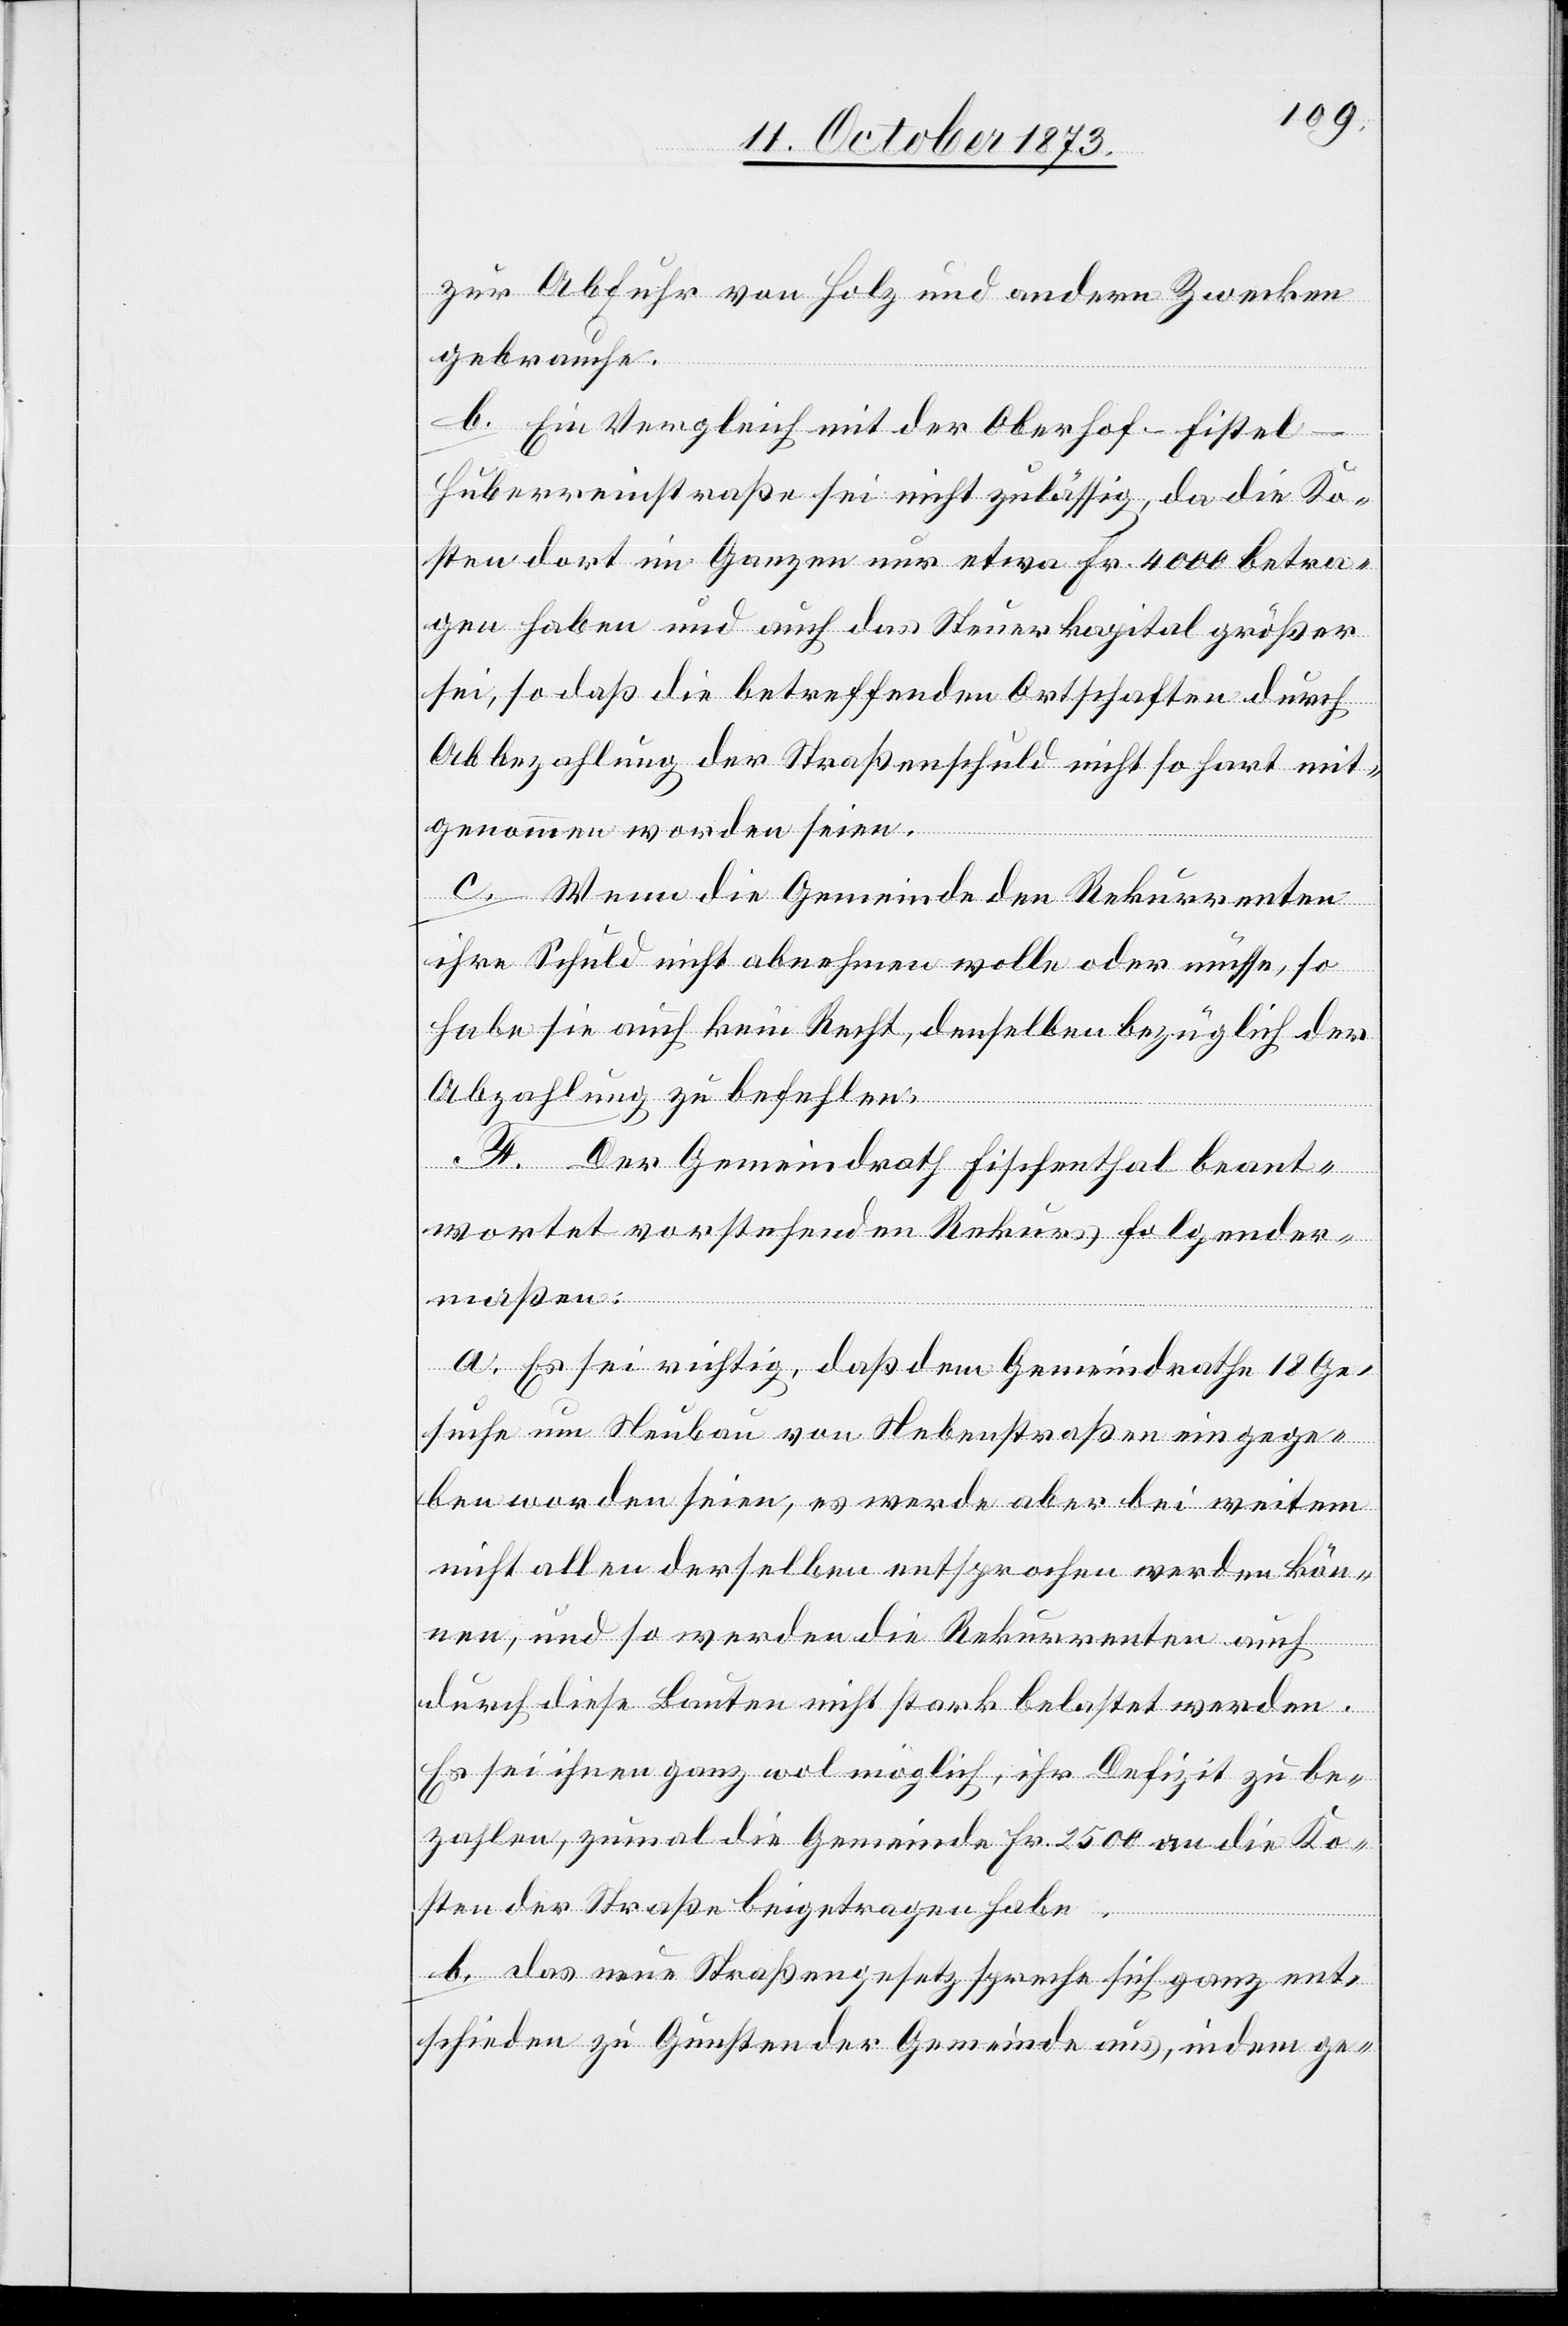
zur Abfuhr von Holz und andern Zwecken
gebrauche.
b. Ein Vergleich mit der Oberhof–Fistel–H¬
uberreinstraße sei nicht zulässig, da die Ko¬
sten dort im Ganzen nur etwa Fr. 4 000 betra¬
gen haben und auch das Steuerkapital größer
sei, so daß die betreffenden Ortschaften durch
Abbezahlung der Straßenschuld nicht so hart mit¬
genommen worden seien.
c. Wenn die Gemeinde den Rekurrenten
ihre Schuld nicht abnehmen wolle oder müsse, so
habe sie auch keine Recht, denselben bezüglich der
Abzahlung zu befehlen.
F. Der Gemeindrath Fischenthal beant¬
wortet vorstehenden Rekurs folgender¬
maßen:
a. Es sei richtig, daß dem Gemeindrathe 18 Ge¬
suche und Neubau von Nebenstraßen eingege¬
ben worden seien, es werde aber bei weitem
nicht allen derselben entsprochen werden kön¬
nen, und so werden die Rekurrenten auch
durch diese Bauten nicht stark belastet werden.
Es sei ihnen ganz wol möglich, ihr Defizit zu be¬
zahlen, zumal die Gemeinde Fr. 2 500 an die Ko¬
sten der Straße beigetragen habe.
b. Das neue Straßengesetz spreche sich ganz ent¬
schieden zu Gunsten der Gemeinde aus, indem ge-